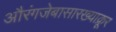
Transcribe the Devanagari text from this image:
औरंगजेबासारख्याक्रूर